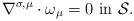
LaTeX: \begin{align*}\nabla^{\sigma,\mu}\cdot \omega_\mu=0\mbox{ in }{\mathcal S}.\end{align*}